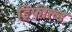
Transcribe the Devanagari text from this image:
ड्रिफ़ील्ड